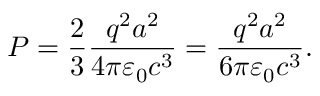
P = { \frac { 2 } { 3 } } { \frac { q ^ { 2 } a ^ { 2 } } { 4 \pi \varepsilon _ { 0 } c ^ { 3 } } } = { \frac { q ^ { 2 } a ^ { 2 } } { 6 \pi \varepsilon _ { 0 } c ^ { 3 } } } .